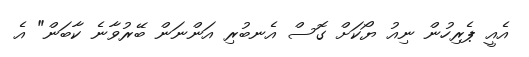
އެއީ ޕެރިހުން ނިއު ޔޯކަށް ގޮސް އެނބުރި އަންނަން ބޭރުވާނެ ކާބަން" އެ